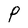
Character: P